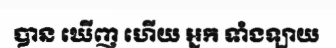
បាន ឃើញ ហើយ អ្នក ទាំងឡាយ